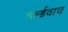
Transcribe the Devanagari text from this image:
वर्ल्डवाच